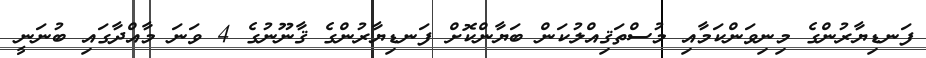
ފަނޑިޔާރުންގެ މިނިވަންކަމާއި މުސްތަޤިއްލުކަން ބަޔާންކޮށް ފަނޑިޔާރުންގެ ޤާނޫނުގެ 4 ވަނަ މާއްދާގައި ބުނަނީ